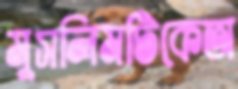
মুসলিমটিকেঅ